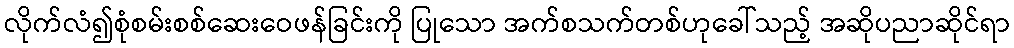
လိုက်လံ၍စုံစမ်းစစ်ဆေးဝေဖန်ခြင်းကို ပြုသော အက်စသက်တစ်ဟုခေါ်သည့် အဆိုပညာဆိုင်ရာ